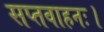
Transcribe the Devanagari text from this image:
सप्तवाहनः।